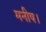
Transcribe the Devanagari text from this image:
मनीष।